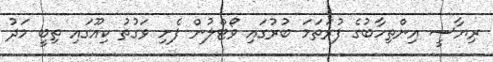
ރިޔާސީ އިންތިހާބުގެ ފުރަތަމަ ބުރުގައި ވޯޓްލުން ފެށި ވަގުތު ކިއޫގައި ތިބީ މަދު